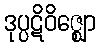
ဒုပ္ပဋိဝိဇ္ဈော